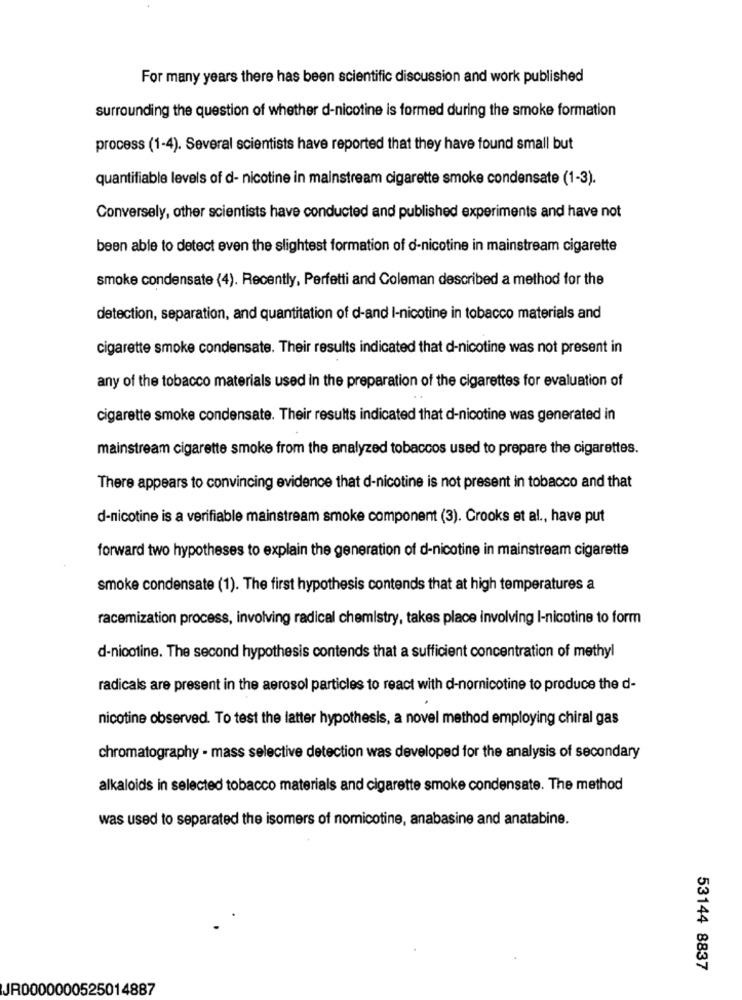
For many years there has been scientific discussion and work published
surrounding the question of whether d-nicotine is formed during the smoke formation
process (1-4). Several scientists have reported that they have found small but
quantifiable levels of d- nicotine in mainstream cigarette smoke condensate (1-3).
Conversely, other scientists have conducted and published experiments and have not
been able to detect even the slightest formation of d-nicotine in mainstream cigarette
smoke condensate (4). Recently, Perfetti and Coleman described a method for the
detection, separation, and quantitation of d-and I-nicotine in tobacco materials and
cigarette smoke condensate. Their results indicated that d-nicotine was not present in
any of the tobacco materials used in the preparation of the cigarettes for evaluation of
cigarette smoke condensate. Their results indicated that d-nicotine was generated in
mainstream cigarette smoke from the analyzed tobaccos used to prepare the cigarettes.
There appears to convincing evidence that d-nicotine is not present in tobacco and that
d-nicotine is a verifiable mainstream smoke component (3). Crooks et al ., have put
forward two hypotheses to explain the generation of d-nicotine in mainstream cigarette
smoke condensate (1). The first hypothesis contends that at high temperatures a
racemization process, involving radical chemistry, takes place involving I-nicotine to form
d-nicotine. The second hypothesis contends that a sufficient concentration of methyl
radicals are present in the aerosol particles to react with d-nornicotine to produce the d-
nicotine observed. To test the latter hypothesis, a novel method employing chiral gas
chromatography - mass selective detection was developed for the analysis of secondary
alkaloids in selected tobacco materials and cigarette smoke condensate. The method
was used to separated the isomers of nomicotine, anabasine and anatabine.
53144 8837
JR0000000525014887